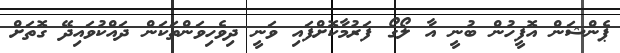
ޕެންޝަން އޮފީހުން ބުނީ އާ ލޯގޯ ފަރުމާކޮށްފައި ވަނީ ދިވެހިވަންތަކަން ދައްކުވައިދޭ ގޮތަށް